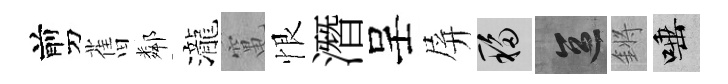
剪𦾔鄰瀧𥧄恨潛呈屏移區鏘唾